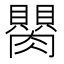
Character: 𦢆